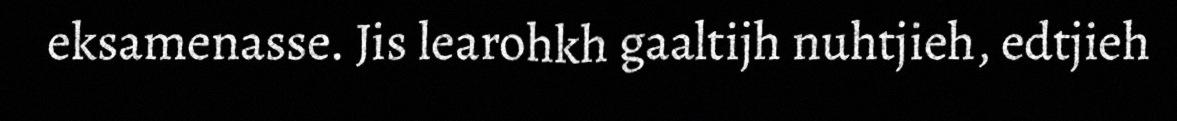
eksamenasse. Jis learohkh gaaltijh nuhtjieh, edtjieh